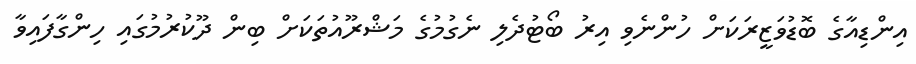
އިންޑިއާގެ ބޮޑުވަޒީރަކަށް ހުންނެވި އިރު ބޯޓުދެލި ނެގުމުގެ މަޝްރޫއުތަކަށް ބިން ދޫކުރުމުގައި ހިންގާފައިވާ